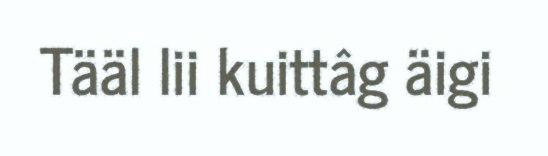
Tääl lii kuittâg äigi